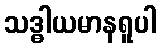
သဒ္ဓါယမာနရူပါ